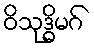
ဝိသုဒ္ဓိမဂ်